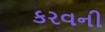
કરવની